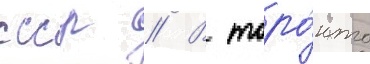
ссср // В торо́нто